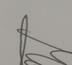
Signature authenticity: genuine